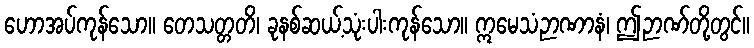
ဟောအပ်ကုန်သော။ တေသတ္တတိ၊ ခုနစ်ဆယ့်သုံးပါးကုန်သော။ ဣမေသံဉာဏာနံ၊ ဤဉာဏ်တို့တွင်။